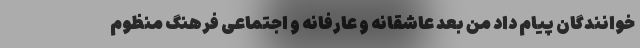
خوانندگان پیام داد من بعد عاشقانه و عارفانه و اجتماعی فرهنگ منظوم